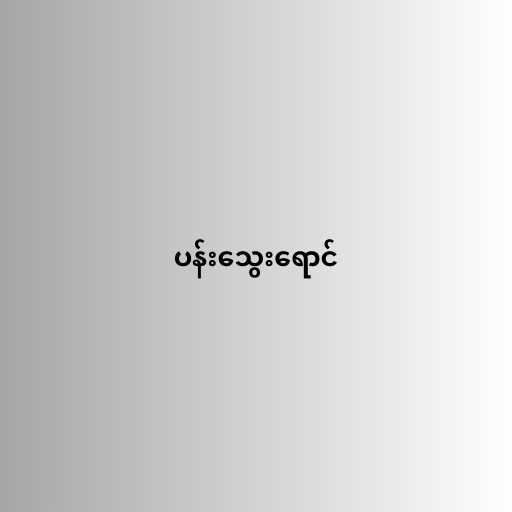
ပန်းသွေးရောင်